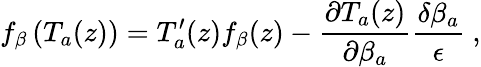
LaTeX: f_{\beta}\left(T_{a}(z)\right)=T_{a}^{\prime}(z)f_{\beta}(z)-\frac{\partial T_{a}(z)}{\partial\beta_{a}}\frac{\delta\beta_{a}}{\epsilon}\ ,